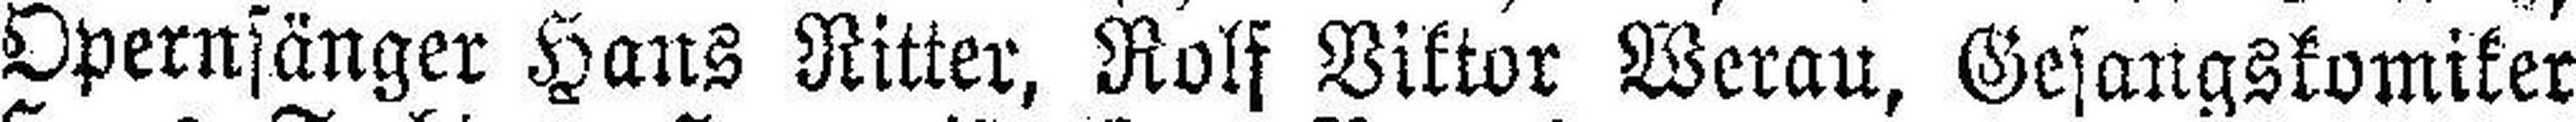
Opernsänger Hans Ritter, Rolf Viktor Werau, Gesangskomiker